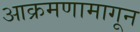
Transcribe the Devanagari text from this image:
आक्रमणामागून